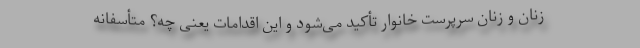
زنان و زنان سرپرست خانوار تأکید می‌شود و این اقدامات یعنی چه؟ متأسفانه